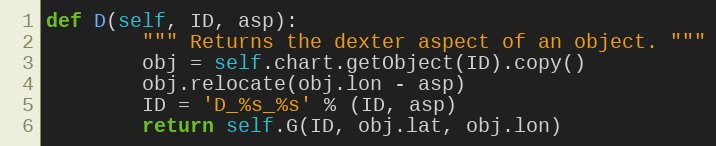
Language: Python
def D(self, ID, asp):
        """ Returns the dexter aspect of an object. """
        obj = self.chart.getObject(ID).copy()
        obj.relocate(obj.lon - asp)
        ID = 'D_%s_%s' % (ID, asp)
        return self.G(ID, obj.lat, obj.lon)